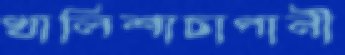
খালিশাচাপানী